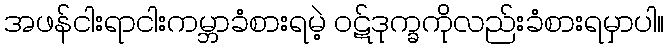
အဖန်ငါးရာငါးကမ္ဘာခံစားရမဲ့ ၀ဋ်ဒုက္ခကိုလည်းခံစားရမှာပါ။